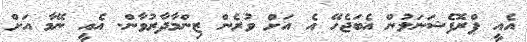
އެއީ ޕްރޮފެޝަނަލުން އެބަޖެހޭ އެ އަށް ވުރެން ޒިންމާދާރުވާން. އެއީ ނޭމާ އަށް